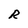
Character: R